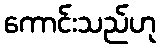
ကောင်းသည်ဟု